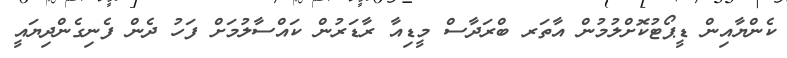
ކެންޔާއިން ޑީޕޯޓުކޮށްލުމުން އާތަރ ބްރަދާސް މީޑިއާ ރާޑަރުން ކައްސާލުމަށް ފަހު ދެން ފެނިގެންދިޔައީ